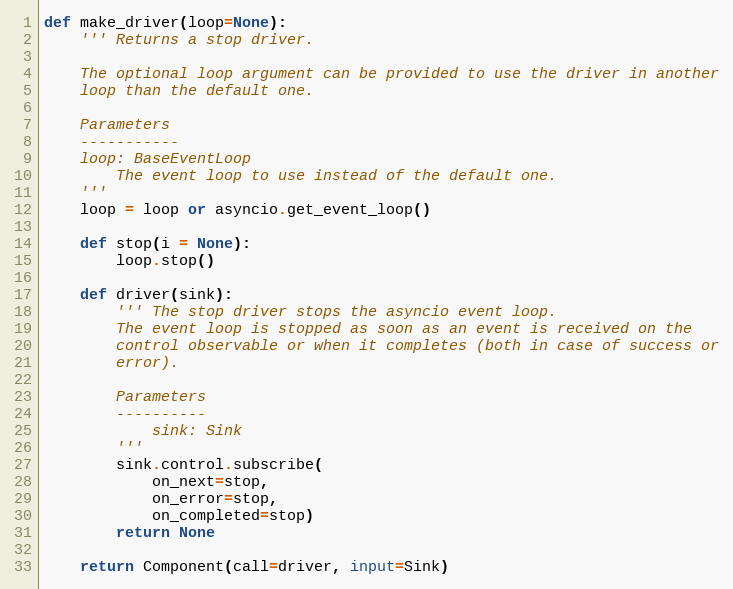
Language: Python
def make_driver(loop=None):
    ''' Returns a stop driver.

    The optional loop argument can be provided to use the driver in another
    loop than the default one.

    Parameters
    -----------
    loop: BaseEventLoop
        The event loop to use instead of the default one.
    '''
    loop = loop or asyncio.get_event_loop()

    def stop(i = None):
        loop.stop()

    def driver(sink):
        ''' The stop driver stops the asyncio event loop.
        The event loop is stopped as soon as an event is received on the
        control observable or when it completes (both in case of success or
        error).

        Parameters
        ----------
            sink: Sink
        '''
        sink.control.subscribe(
            on_next=stop,
            on_error=stop,
            on_completed=stop)
        return None

    return Component(call=driver, input=Sink)